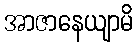
အာဇာနေယျာမိ